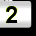
Digit: 2